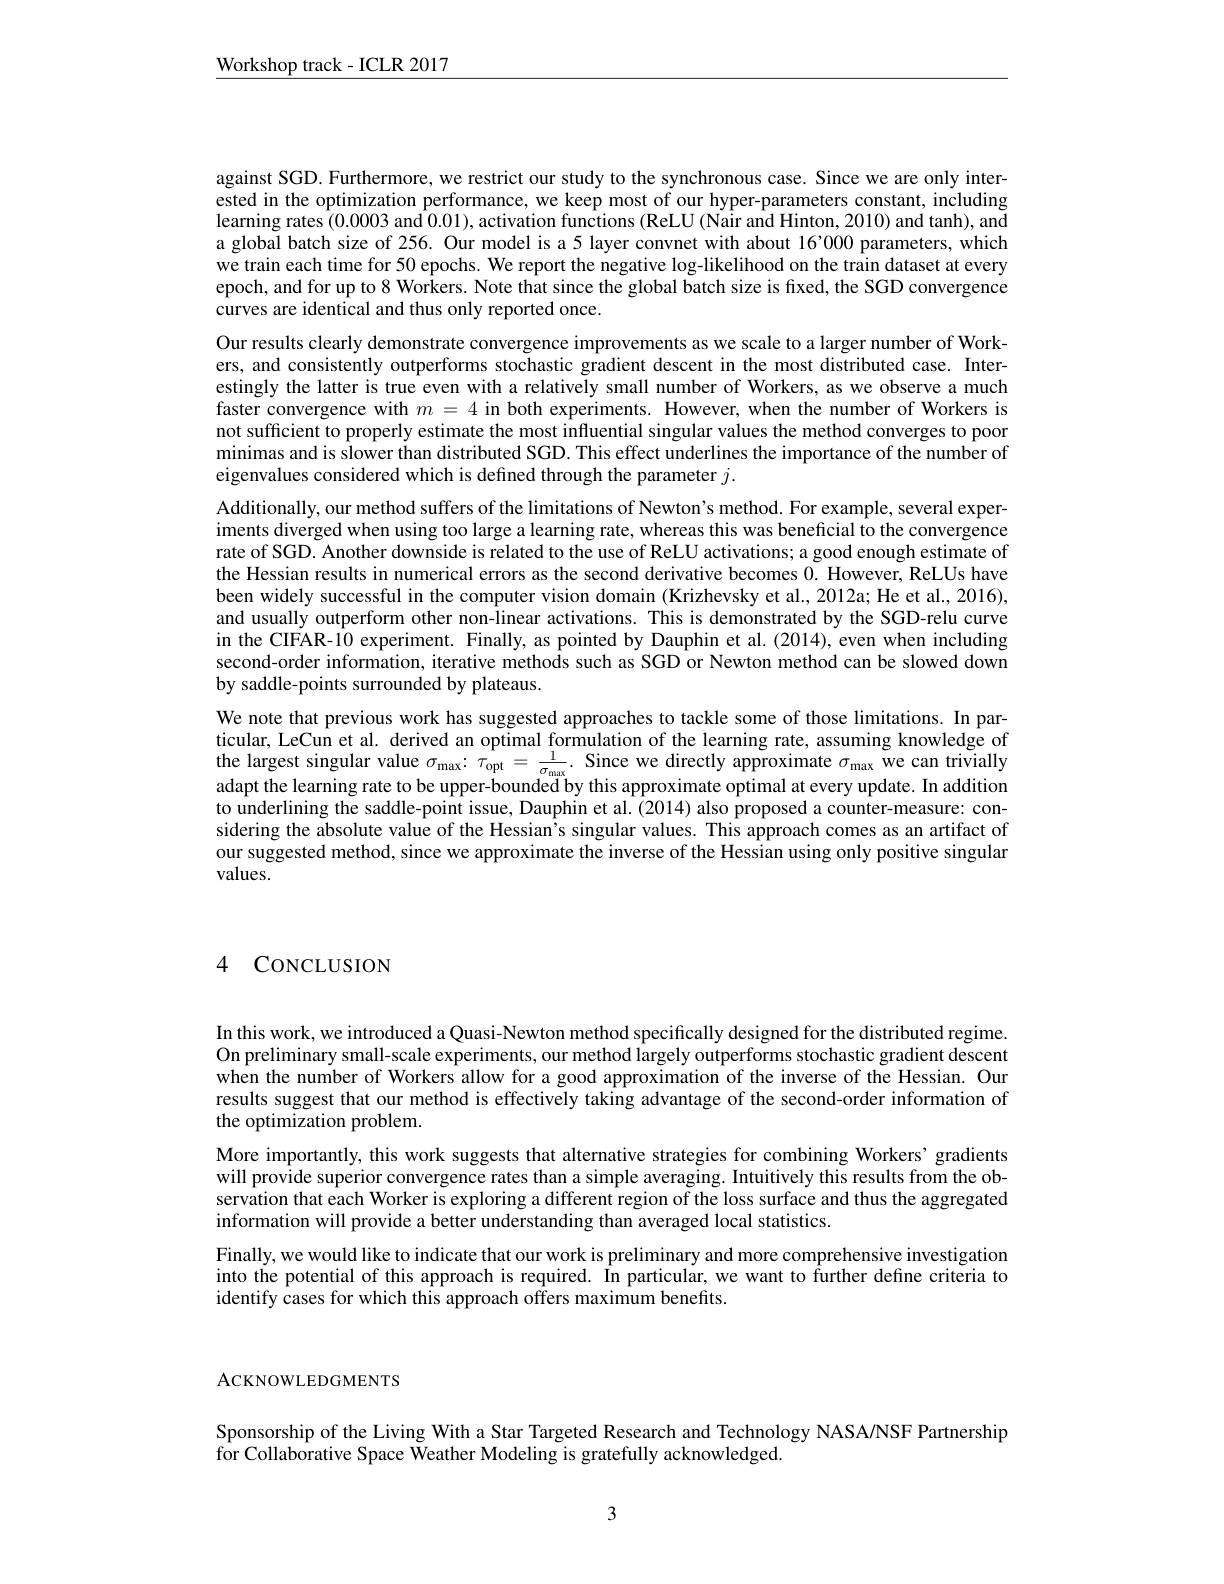
$\underline{\mathrm{Workshop~track-ICLR~2017}}$

against SGD. Furthermore, we restrict our study to the synchronous case. Since we are only interested in the optimization performance, we keep most of our hyper-parameters constant, including learning rates (0.0003 and 0.01), activation functions (ReLU (Nair and Hinton, 2010) and tanh), and a global batch size of 256. Our model is a 5 layer convnet with about 16'000 parameters, which we train each time for 50 epochs. We report the negative log-likelihood on the train dataset at every epoch, and for up to 8 Workers. Note that since the global batch size is fixed, the SGD convergence curves are identical and thus only reported once.
Our results clearly demonstrate convergence improvements as we scale to a larger number of Workers, and consistently outperforms stochastic gradient descent in the most distributed case. Interestingly the latter is true even with a relatively small number of Workers, as we observe a much faster convergence with $m=4$ in both experiments. However, when the number of Workers is not sufficient to properly estimate the most influential singular values the method converges to poor minimas and is slower than distributed SGD. This effect underlines the importance of the number of eigenvalues considered which is defined through the parameter $j.$
Additionally, our method suffers of the limitations of Newton's method. For example, several experiments diverged when using too large a learning rate, whereas this was beneficial to the convergence rate of SGD. Another downside is related to the use of ReLU activations; a good enough estimate of the Hessian results in numerical errors as the second derivative becomes 0. However, ReLUs have been widely successful in the computer vision domain (Krizhevsky et al., 2012a; He et al., 2016), and usually outperform other non-linear activations. This is demonstrated by the SGD-relu curve in the CIFAR-10 experiment. Finally, as pointed by Dauphin et al. (2014), even when including second-order information, iterative methods such as SGD or Newton method can be slowed down by saddle-points surrounded by plateaus.
We note that previous work has suggested approaches to tackle some of those limitations. In par- $\begin{array}{l}\text{ticular, LeCun et al. derived an optimal formulation of the learning rate, assuming knowledge of}\\\text{the largest singular value }\sigma_{\mathrm{max}}:\tau_{\mathrm{opt}}=\frac1{\sigma_{\mathrm{max}}}.&\text{Since we directly approximate }\sigma_{\mathrm{max}}\end{array}$we can trivially adapt the learning rate to be upper-bounded by this approximate optimal at every update. In addition to underlining the saddle-point issue, Dauphin et al. (2014) also proposed a counter-measure: considering the absolute value of the Hessian's singular values. This approach comes as an artifact of our suggested method, since we approximate the inverse of the Hessian using only positive singular values.

4 CONCLUSION

In this work, we introduced a Quasi- Newton method specifically designed for the distributed regime. On preliminary small-scale experiments, our method largely outperforms stochastic gradient descent when the number of Workers allow for a good approximation of the inverse of the Hessian. Our results suggest that our method is effectively taking advantage of the second-order information of the optimization problem.
More importantly, this work suggests that alternative strategies for combining Workers' gradients will provide superior convergence rates than a simple averaging. Intuitively this results from the observation that each Worker is exploring a different region of the loss surface and thus the aggregated information will provide a better understanding than averaged local statistics.
Finally, we would like to indicate that our work is preliminary and more comprehensive investigation into the potential of this approach is required. În particular, we want to further define criteria to identify cases for which this approach offers maximum benefits.

ACKNOWLEDGMENTS

Sponsorship of the Living With a Star Targeted Research and Technology NASA/NSF Partnership
for Collaborative Space Weather Modeling is gratefully acknowledged.

3